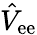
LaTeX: \hat{V}_{\mathrm{ee}}